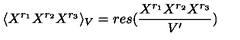
\langle X ^ { r _ { 1 } } X ^ { r _ { 2 } } X ^ { r _ { 3 } } \rangle _ { V } = r e s ( { \frac { X ^ { r _ { 1 } } X ^ { r _ { 2 } } X ^ { r _ { 3 } } } { V ^ { \prime } } } )